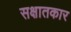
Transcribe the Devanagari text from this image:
सक्षातकार